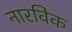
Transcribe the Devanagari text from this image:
नारविक